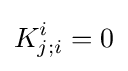
K_{j;i}^{i}=0